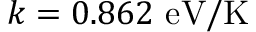
k = 0 . 8 6 2 ~ \mathrm { e V / K }